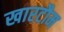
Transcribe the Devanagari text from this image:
खारटौम